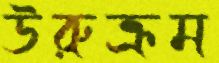
উরুক্রম